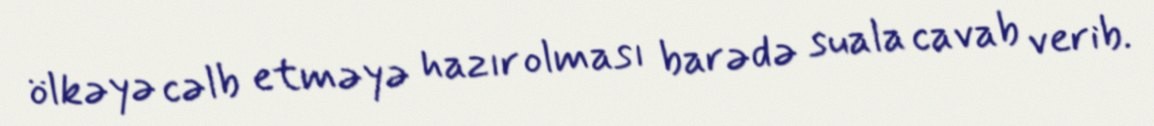
ölkəyə cəlb etməyə hazır olması barədə suala cavab verib.